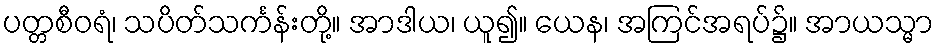
ပတ္တစီဝရံ၊ သပိတ်သင်္ကန်းတို့။ အာဒါယ၊ ယူ၍။ ယေန၊ အကြင်အရပ်၌။ အာယသ္မာ